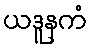
ယဒူနကံ